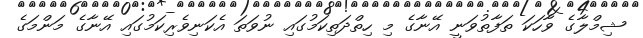
ޝިމްލާގެ ވާހަކަ ތަފާތުވަނީ އޭނާގެ މި ހިތްދަތިކަމުގައި ނުވަތަ އެކަނިވެރިކަމުގައި އޭނާގެ މަންމަގެ